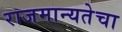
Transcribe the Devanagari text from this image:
राजमान्यतेचा